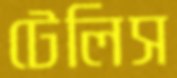
টেলিস